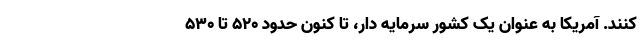
کنند. آمریکا به عنوان یک کشور سرمایه دار، تا کنون حدود ۵۲۰ تا ۵۳۰